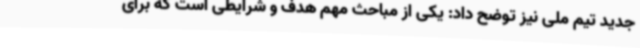
جدید تیم ملی نیز توضح داد: یکی از مباحث مهم هدف و شرایطی است که برای